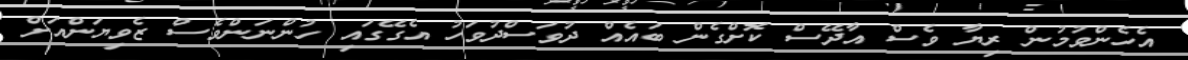
އެހެންވުމުން ރިޔާ ވެސް އާދޭސް ކޮށްގެން ބައެއް ދުވަސްދުވަހު އެގޭގައި ހުންނަންވެސް ޒެވިޔަންއަށް